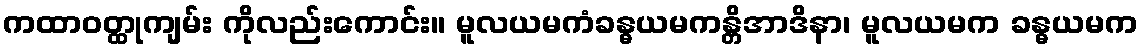
ကထာဝတ္ထုကျမ်း ကိုလည်းကောင်း။ မူလယမကံခန္ဓယမကန္တိအာဒိနာ၊ မူလယမက ခန္ဓယမက